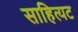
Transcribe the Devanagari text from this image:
साहित्यट